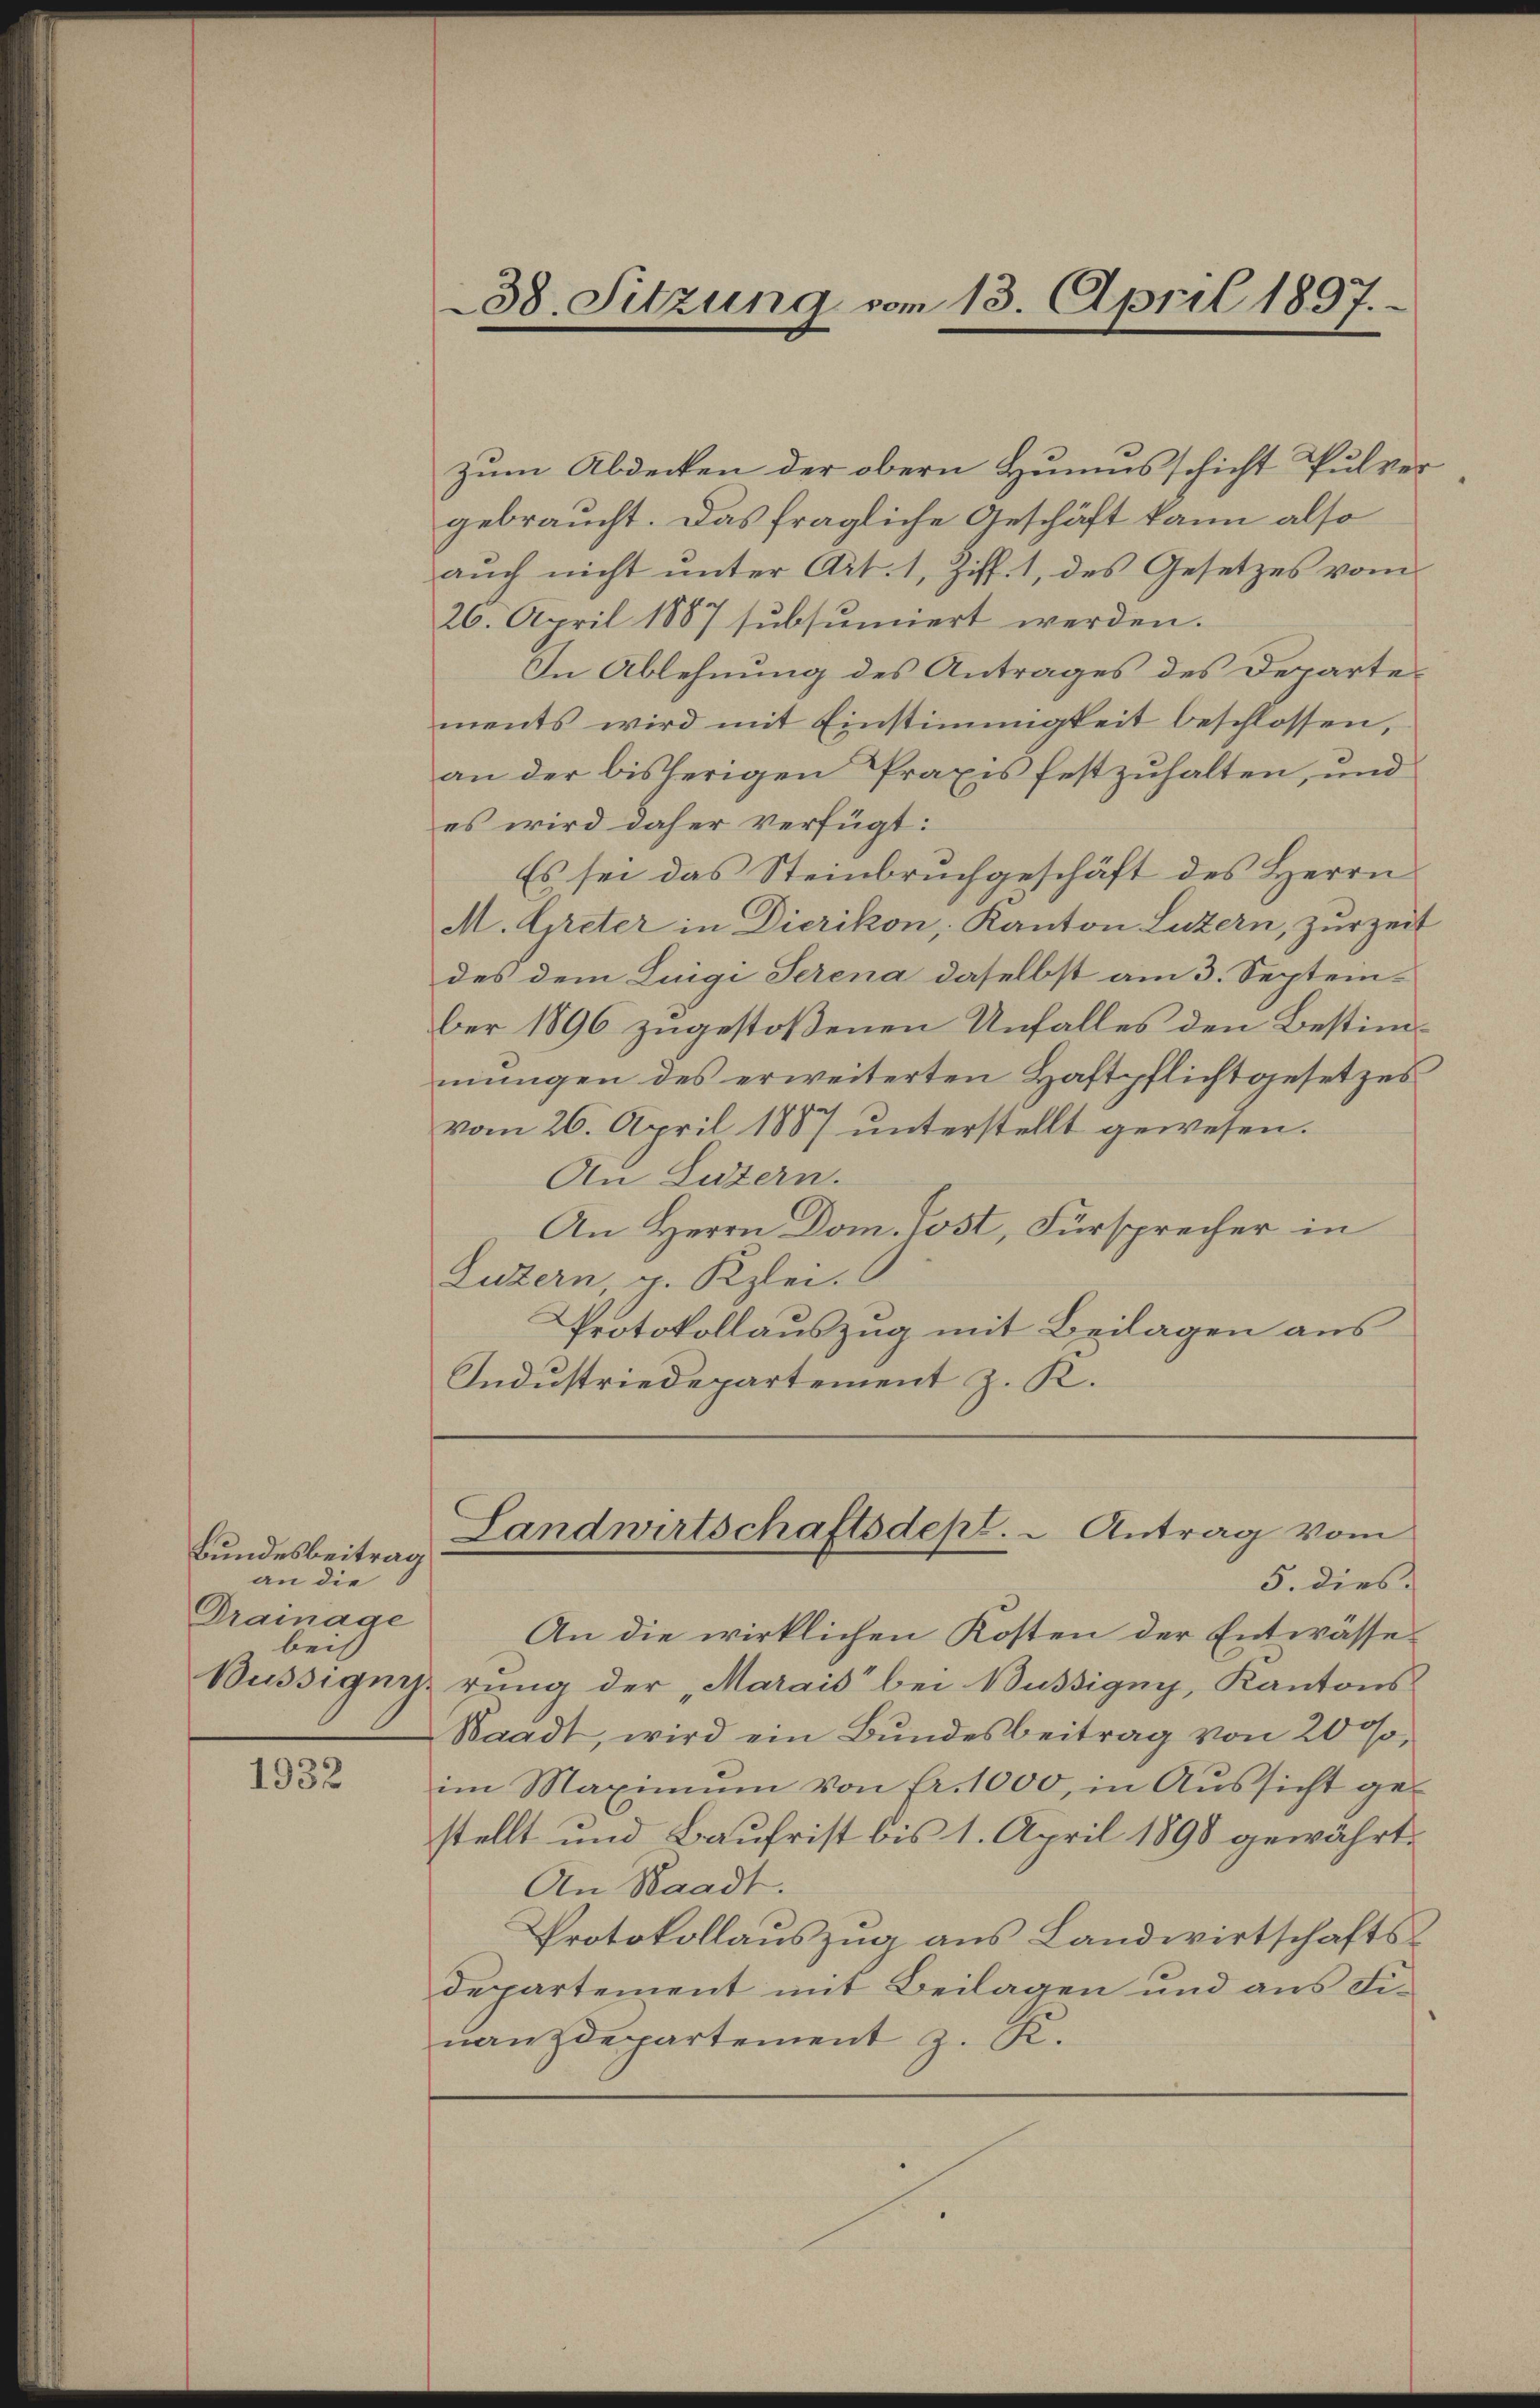
Bundesbeitrag
an die
Drainage
beis
Büssigung.

1932

zum Abdecken der obern Humusschicht Pulver
gebraucht. Das fragliche Geschäft kann also
aŭch nicht ŭnter Art. 1, Ziff. 1, des Gesetzes vom
26. April 1887 subsumiert werden.
In Ablehnung des Antrages des Departements wird mit Einstimmigkeit beschlossen,
an der bisherigen Praxis festzuhalten, und
es wird daher verfügt:
Es sei das Steinbruchgeschäft des Herrn
M. Greter in Dierikon, Kanton Luzern, zurzeit
des dem Luigi Serena daselbst am 3. Septein-
ber 1896 zugestoßenen Unfalles den Bestimmungen des erweiterten Haftpflichtgesetzes
vom 26. April 1887 unterstellt gewesen.
An Luzern.
An Herrn Dom. Post, Fürsprecher in
Luzern, g. Kzlei.
Protokollauszug mit Beilagen aus
Industriedepartement z. K.

38. Sitzung vom 13. April 1897.

Landwirtschaftsdept. " Antrag vom

5. dies
An die wirklichen Kosten der Entwässetung der „Maraić bei Büssigny, Kantons
Waadt, wird ein Bŭndesbeitrag von 200,
im Maximum von fr. 1000, in Aŭssicht ge-
stellt und Baufrist bis 1. April 1898 gewährt.
An Waadt.
Protokollauszug aus Landwirtschaftsdepartement mit Beilagen und aus Fiŭanzdepartement z. R.